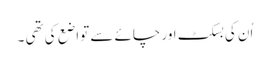
اُن کی بسکٹ اور چائے سے تواضع کی تھی ۔